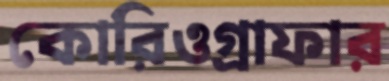
কোরিওগ্রাফার